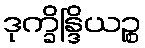
ဒုက္ခိန္ဒြိယဉ္စ